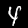
Digit: 4